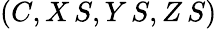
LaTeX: (C,X\, S,Y\, S,Z\, S)